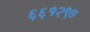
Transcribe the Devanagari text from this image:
६६१२९७